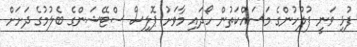
ފުޅި ވަނީ ފުލުހުންގެ މަސައްކަތުން ހޯދައި މާވަށު ޕޮލިސް ސްޓޭޝަންގެ ބެލުމުގެ ދަށަށް